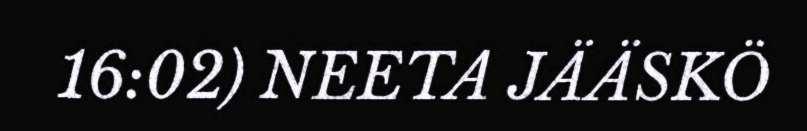
16:02) NEETA JÄÄSKÖ